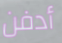
أدفن